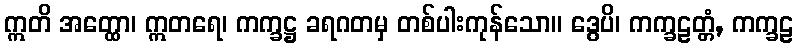
ဣတိ အတ္ထော၊ ဣတရေ၊ ကက္ခဋ္ဌ ခရဂတမှ တစ်ပါးကုန်သော။ ဒွေပိ၊ ကက္ခဠတ္တံ, ကက္ခဠ